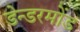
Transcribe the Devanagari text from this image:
डेन्डरमोंड